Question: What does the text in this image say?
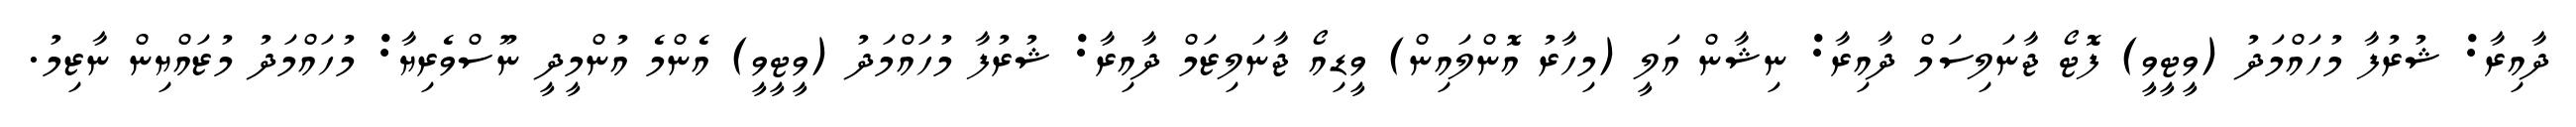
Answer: ދާއިރާ: ޝުރުފާ މުހައްމަދު (ވީޓީވީ) ފޮޓޯ ޖާނަލިސަމް ދާއިރާ: ނިޝާން އަލީ (މިހާރު އޮންލައިން) ވީޑިއޯ ޖާނަލިޒަމް ދާއިރާ: ޝުރުފާ މުހައްމަދު (ވީޓީވީ) އެންމެ އުންމީދީ ނޫސްވެރިޔާ: މުހައްމަދު މުޒައްޔިން ނާޒިމު.